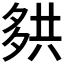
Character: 𰋑